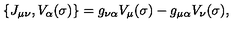
\{ J _ { \mu \nu } , V _ { \alpha } ( \sigma ) \} = g _ { \nu \alpha } V _ { \mu } ( \sigma ) - g _ { \mu \alpha } V _ { \nu } ( \sigma ) ,